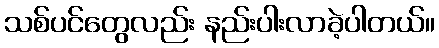
သစ်ပင်တွေလည်း နည်းပါးလာခဲ့ပါတယ်။